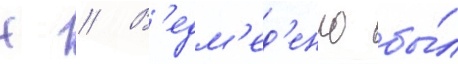
Н // В'едм'ед'енко бы́л